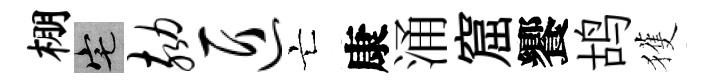
棚宅劾匠亡康涌窟饗鸪獲